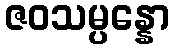
ဇဝသမ္ပန္နော